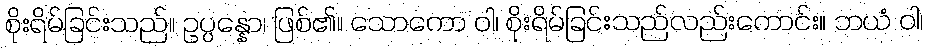
စိုးရိမ်ခြင်းသည်။ ဥပ္ပန္နော၊ ဖြစ်၏။ သောကော ဝါ၊ စိုးရိမ်ခြင်းသည်လည်းကောင်း။ ဘယံ ဝါ၊